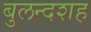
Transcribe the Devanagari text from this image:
बुलन्दशह